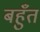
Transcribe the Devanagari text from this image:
बहुँत